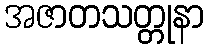
အဇာတသတ္တုနာ